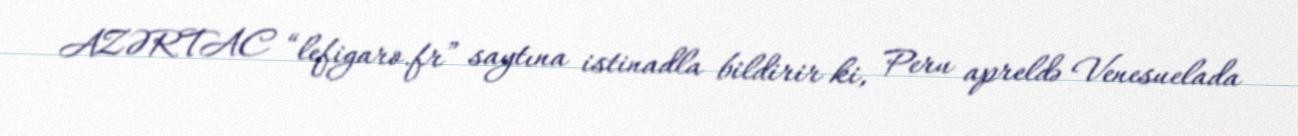
AZƏRTAC “lefigaro.fr” saytına istinadla bildirir ki, Peru apreldə Venesuelada